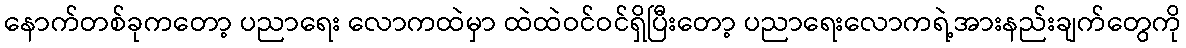
နောက်တစ်ခုကတော့ ပညာရေး လောကထဲမှာ ထဲထဲဝင်ဝင်ရှိပြီးတော့ ပညာရေးလောကရဲ့အားနည်းချက်တွေကို